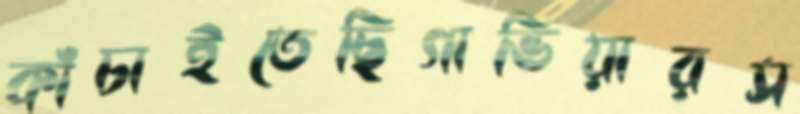
কাঁচাইতেছিগাভিয়ারস